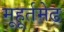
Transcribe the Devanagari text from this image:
मूहूर्तमेढ